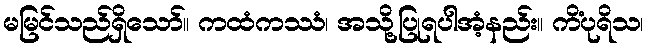
မမြင်သည်ရှိသော်။ ကထံကဿံ၊ အသို့ပြုရပါအံ့နည်း။ ကိံပုရိသ၊